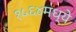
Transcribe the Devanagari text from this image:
१५६४मध्ये